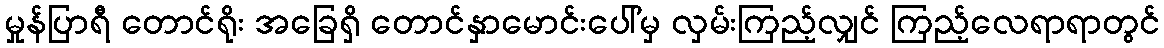
မှုန်ပြာရီ တောင်ရိုး အခြေရှိ တောင်နှာမောင်းပေါ်မှ လှမ်းကြည့်လျှင် ကြည့်လေရာရာတွင်